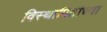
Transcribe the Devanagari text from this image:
विस्थापितांच्या